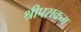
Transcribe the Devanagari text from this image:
श्रीपराक्रम